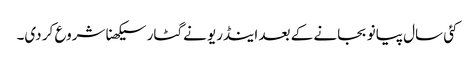
کئی سال پیانو بجانے کے بعد اینڈریو نے گٹار سیکھنا شروع کر دی۔